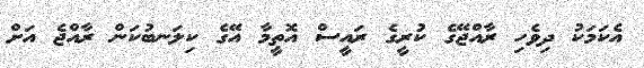
އެކަމަކު ދިވެހި ރާއްޖޭގެ ކުރީގެ ރައީސް އޮތީމާ އޭގެ ކިލަނބުކަން ރާއްޖެ އަށް